Report on the working of the Ranchi Indian Mental Hospital, Kanke, in Bihar and Orissa - 1930-1940
Year: 1930
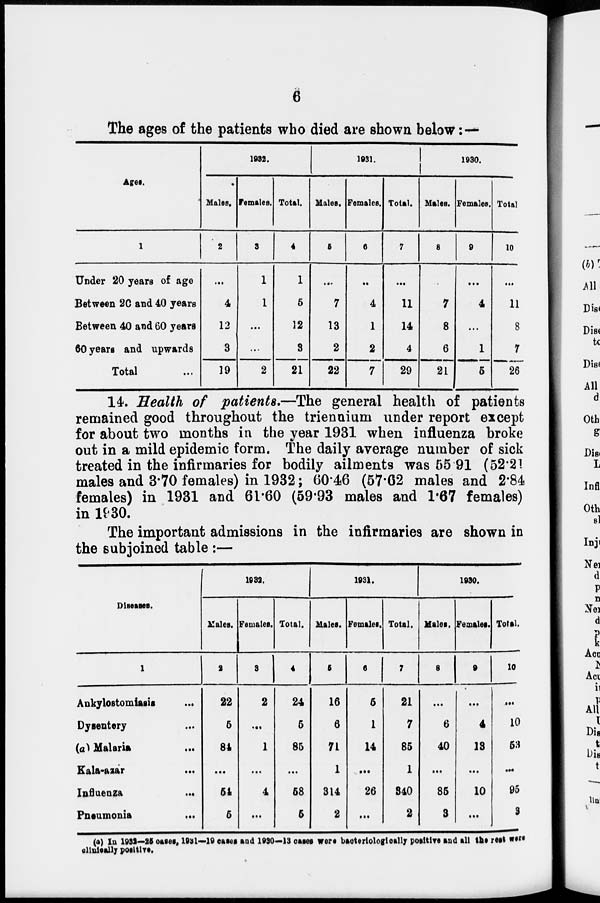
6
The ages of the patients who died are shown below:—
Ages.
1
Under 20 years of age
Between 20 and 40 years
Between 40 and 60 years
60 years and upwards
Total ...
1932.
Males.
2
...
4
12
3
19
Females.
3
1
1
...
...
2
Total.
4
1
5
12
3
21
1931.
Males.
5
...
7
13
2
22
Females.
6
...
4
1
2
7
Total.
7
...
11
14
4
29
1930.
Males.
8
...
7
8
6
21
Females.
9
...
4
...
1
5
Total.
10
...
11
8
7
26
14. Health of patients.—The general health of patients
remained good throughout the triennium under report except
for about two months in the year 1931 when influenza broke
out in a mild epidemic form. The daily average number of sick
treated in the infirmaries for bodily ailments was 55 91 (52.21
males and 3.70 females) in 1932; 60.46 (57.62 males and 2.84
females) in 1931 and 61.60 (59.93 males and 1.67 females)
in 1930.
The important admissions in the infirmaries are shown in
the subjoined table :—
Diseases.
1
Ankylostomiasis
...
Dysentery ...
(a) Malaria ...
Kala-azar ...
Influenza
...
Pneumonia ...
1932.
Males.
2
22
5
84
...
64
6
Females.
3
2
...
1
...
4
...
Total.
4
24
5
85
...
68
6
1931.
Males.
5
16
6
71
1
314
2
Females.
6
5
1
14
...
26
...
Total.
7
21
7
85
1
340
2
1930.
Males.
8
...
6
40
...
85
3
Females.
9
...
4
13
...
10
...
Total.
10
...
10
53
...
95
3
(a) In 1932—25 cases, 1931—19 cases and 1930—13 cases were bacteriologically positive and all the rest were
clinically positive.